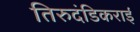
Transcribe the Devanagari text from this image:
तिरुदंडिकराई